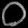
Digit: ၀